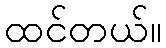
ထင်တယ်။